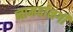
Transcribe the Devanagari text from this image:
नामर्दानगी